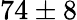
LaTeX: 74\pm 8